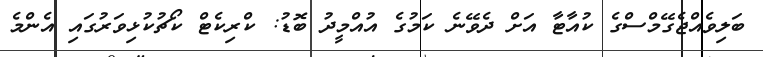
ބަލިވެއްޖެގޭމްސްގެ ކުއާޓާ އަށް ދެވޭނެ ކަމުގެ އުއްމީދު ބޮޑު: ކްރިކެޓް ކޯޗުކުޅިވަރުގައި އެންމެ